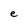
Character: e